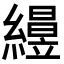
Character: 𥫅